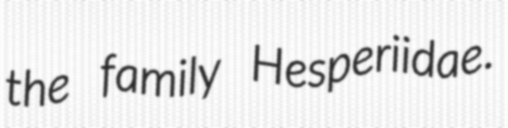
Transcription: the family Hesperiidae.